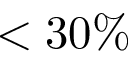
< 3 0 \%